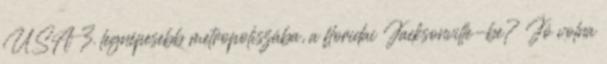
USA 3. legnépesebb metropoliszába, a floridai Jacksonville-be? Jó volna